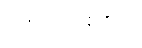
ရအပ်ကုန်၏။)